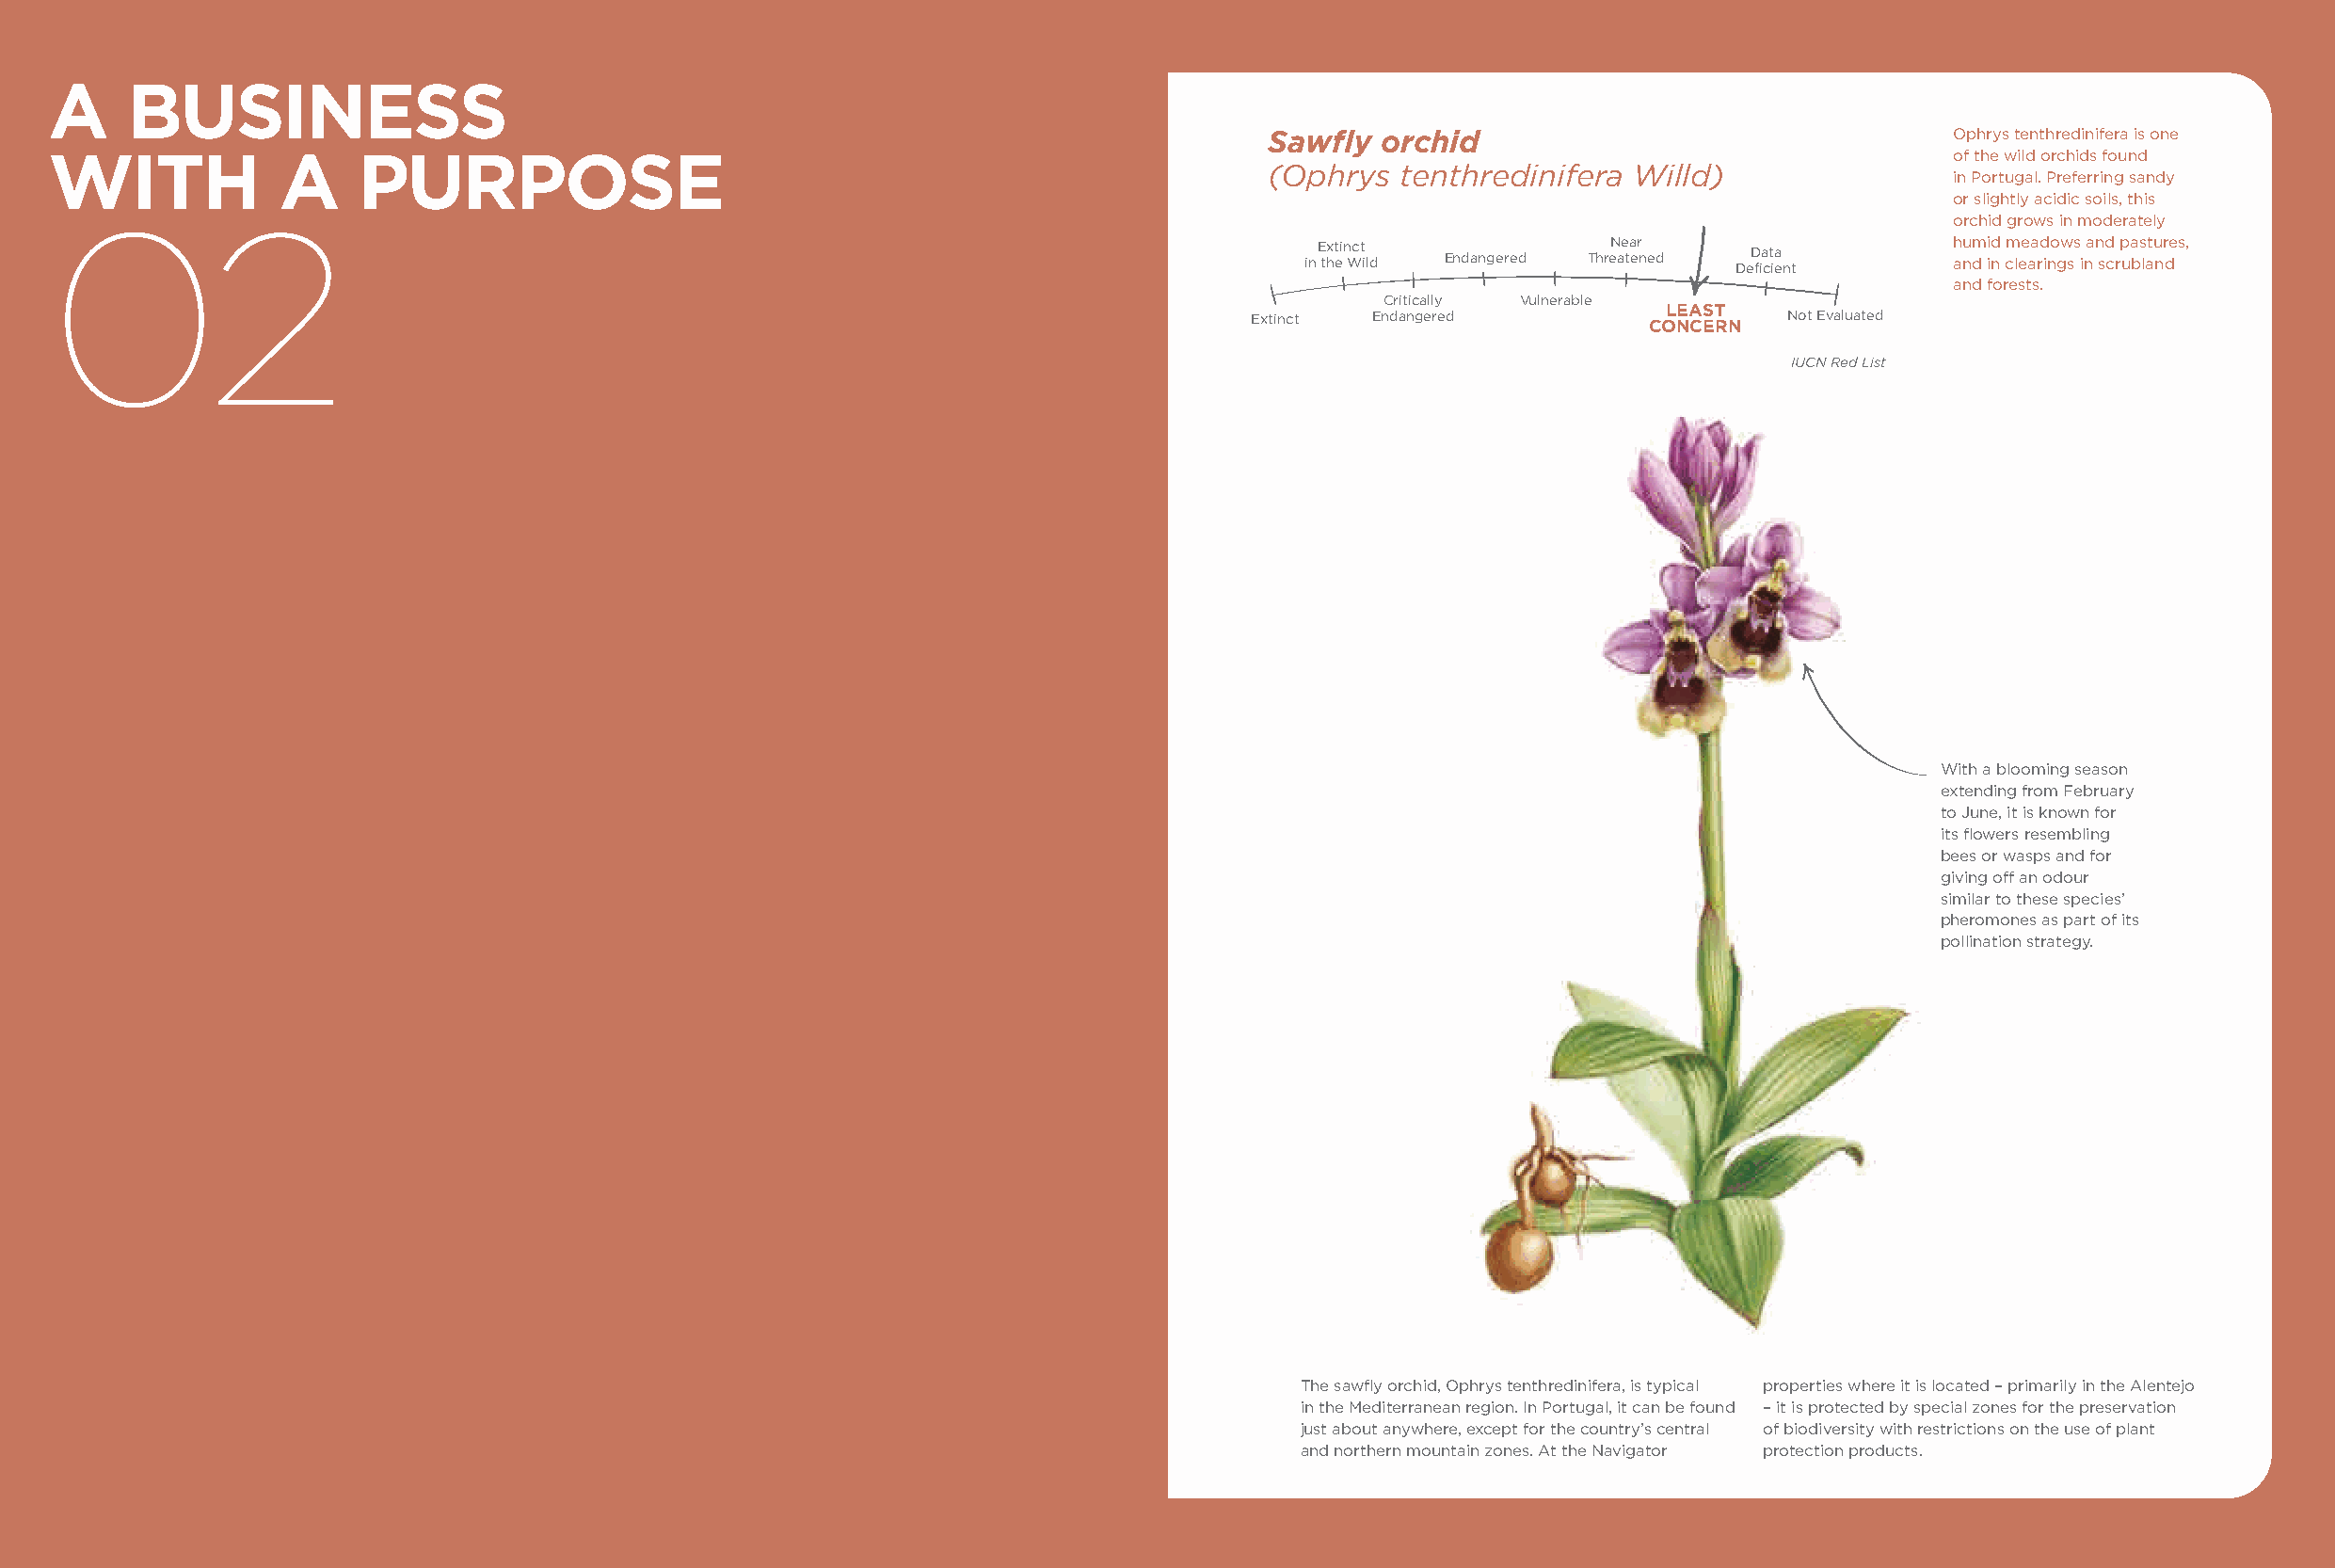
A     BUSINESS
 Sawfly  orchid                                  Ophrys tenthredinifera is one
 WITH             A    PURPOSE                                                                                                         of the wild orchids found
 (Ophrys  tenthredinifera  Willd)
 in Portugal. Preferring sandy
 or slightly acidic soils, this
 02                                                                                                                                    orchid grows in moderately
 in E thxt ei n Wct i ld Endangered ThreN ae ta er n ed DeD fia ct ia e nt h anu dm ii nd cm lee aa rd ino gw ss i na n sd c rp ua bs latu nr de s,
 and forests.
 Critically Vulnerable
 LEAST
 Extinct Endangered          CONCERN   Not Evaluated
 IUCN Red List
 With a blooming season
 extending from February
 to June, it is known for
 its flowers resembling
 bees or wasps and for
 giving off an odour
 similar to these species’
 pheromones as part of its
 pollination strategy.
 The sawfly orchid, Ophrys tenthredinifera, is typical properties where it is located – primarily in the Alentejo
 in the Mediterranean region. In Portugal, it can be found – it is protected by special zones for the preservation
 just about anywhere, except for the country’s central of biodiversity with restrictions on the use of plant
 and northern mountain zones. At the Navigator protection products.
 SUSTAINABILITY REPORT 2019                                                         SUSTAINABILITY REPORT 2019
 28                                                                                                                                                       29